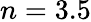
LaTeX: n=3.5